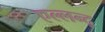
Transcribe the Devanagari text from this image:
एल्लन्द्